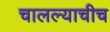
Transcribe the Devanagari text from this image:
चालल्याचीच